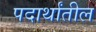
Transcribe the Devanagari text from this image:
पदार्थांतील